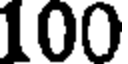
100